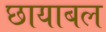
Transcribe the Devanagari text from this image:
छायाबल